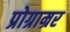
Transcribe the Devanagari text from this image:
प्रोग्राम्रर